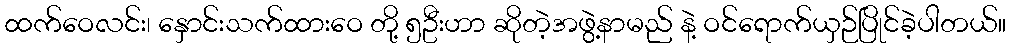
ထက်ဝေလင်း၊ နှောင်းသက်ထားဝေ တို့ ၅ဦးဟာ ဆိုတဲ့အဖွဲ့နာမည် နဲ့ ဝင်ရောက်ယှဉ်ပြိုင်ခဲ့ပါတယ်။